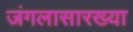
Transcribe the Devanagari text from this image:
जंगलासारख्या